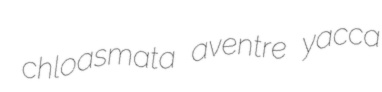
chloasmata aventre yacca